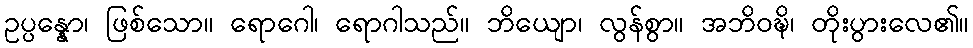
ဥပ္ပန္နော၊ ဖြစ်သော။ ရောဂေါ၊ ရောဂါသည်။ ဘိယျော၊ လွန်စွာ။ အဘိဝဍ္ဎိ၊ တိုးပွားလေ၏။